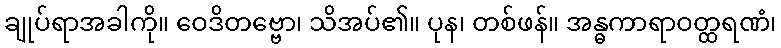
ချုပ်ရာအခါကို။ ဝေဒိတဗ္ဗော၊ သိအပ်၏။ ပုန၊ တစ်ဖန်။ အန္ဓကာရာဝတ္ထရဏံ၊